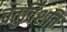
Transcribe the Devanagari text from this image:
चतुर्विंशतिः